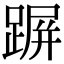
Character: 𨂲